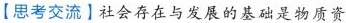
【思考交流】社会存在与发展的基础是物质资